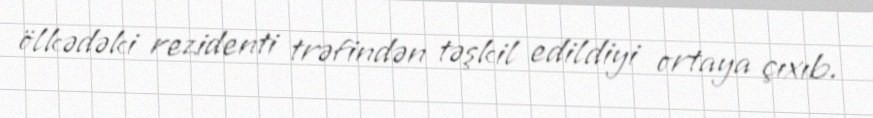
ölkədəki rezidenti trəfindən təşkil edildiyi ortaya çıxıb.